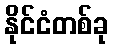
နိုင်ငံတစ်ခု